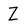
Character: Z